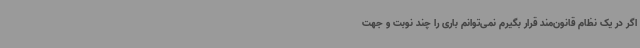
اگر در یک نظام قانون‌مند قرار بگیرم نمی‌توانم باری را چند نوبت و جهت